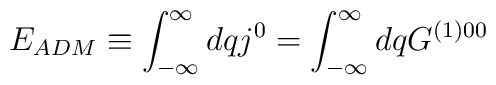
E_{ADM} \equiv  \int_{-\infty}^\infty dq  j^0 = \int_{-\infty}^\infty dqG^{(1)0 0}